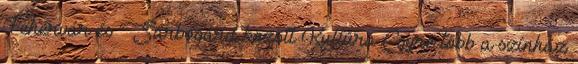
Fehérvár és Sárbogárd között Kultúra Egyre több a színház